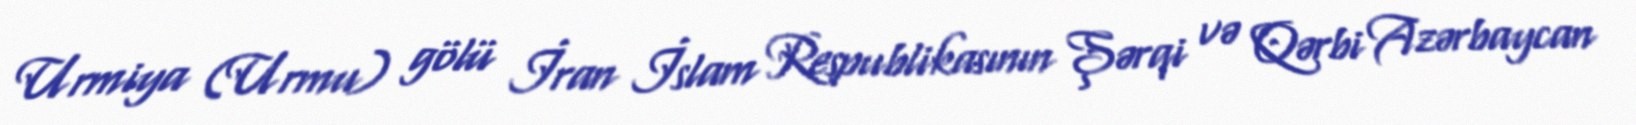
Urmiya (Urmu) gölü İran İslam Respublikasının Şərqi və Qərbi Azərbaycan